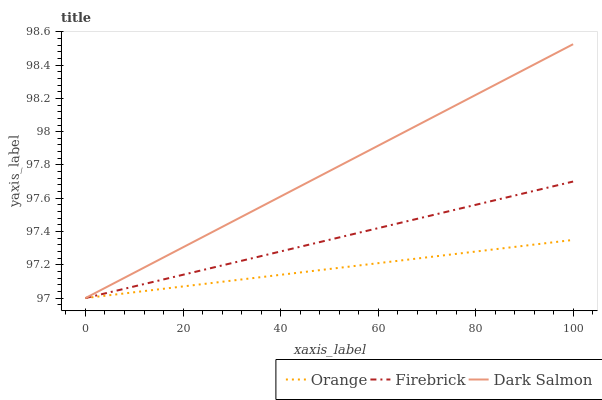
| xaxis_label | Orange | Firebrick | Dark Salmon |
 | --- | --- | --- | --- |
 | 0 | 97 | 97 | 97 |
 | 5.88 | 97 | 97 | 97.1 |
 | 11.8 | 97 | 97.1 | 97.2 |
 | 17.6 | 97.1 | 97.1 | 97.3 |
 | 23.5 | 97.1 | 97.2 | 97.4 |
 | 29.4 | 97.1 | 97.2 | 97.4 |
 | 35.3 | 97.1 | 97.2 | 97.5 |
 | 41.2 | 97.1 | 97.3 | 97.6 |
 | 47.1 | 97.2 | 97.3 | 97.7 |
 | 52.9 | 97.2 | 97.4 | 97.8 |
 | 58.8 | 97.2 | 97.4 | 97.9 |
 | 64.7 | 97.2 | 97.5 | 98 |
 | 70.6 | 97.2 | 97.5 | 98.1 |
 | 76.5 | 97.3 | 97.5 | 98.2 |
 | 82.4 | 97.3 | 97.6 | 98.3 |
 | 88.2 | 97.3 | 97.6 | 98.3 |
 | 94.1 | 97.3 | 97.7 | 98.4 |
 | 100 | 97.3 | 97.7 | 98.5 |